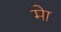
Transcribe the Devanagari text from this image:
मेा